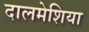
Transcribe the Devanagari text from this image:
दालमेशिया